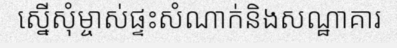
ស្នើសុំម្ចាស់ផ្ទះសំណាក់និងសណ្ឋាគារ